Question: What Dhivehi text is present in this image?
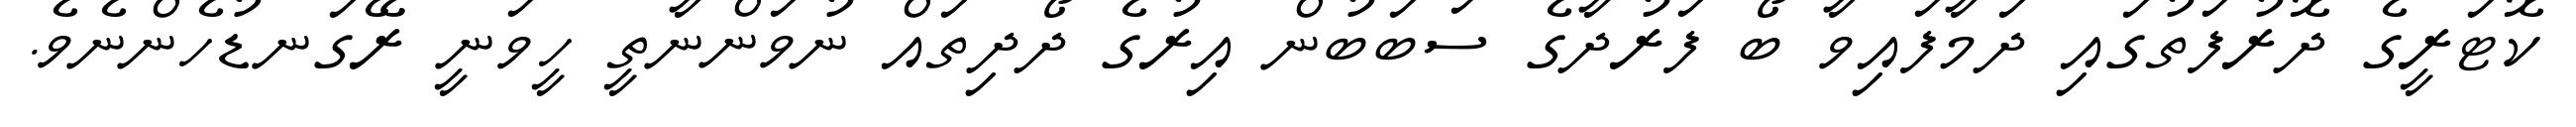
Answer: ކޮޓަރީގެ ދޮރުފަތުގައި ދަމާފައިވާ ބޯ ފަރުދާގެ ސަބަބުން އިރުގެ ދޯދިތައް ނުވަންނާތީ ހީވަނީ ރޭގަނޑުހެންނެވެ.